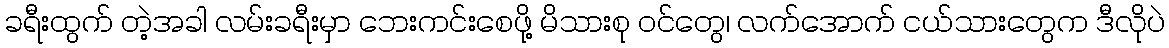
ခရီးထွက် တဲ့အခါ လမ်းခရီးမှာ ဘေးကင်းစေဖို့ မိသားစု ဝင်တွေ၊ လက်အောက် ငယ်သားတွေက ဒီလိုပဲ